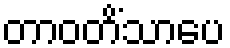
တာဝတိံသာပေ